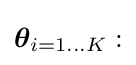
{\boldsymbol {\theta }}_{i=1\dots K}: